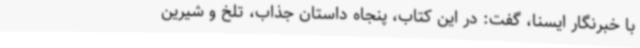
با خبرنگار ایسنا، گفت: در این کتاب، پنجاه داستان جذاب، تلخ و شیرین